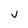
Character: V